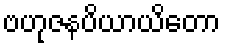
ဗဟုဇနပိယာယိတော